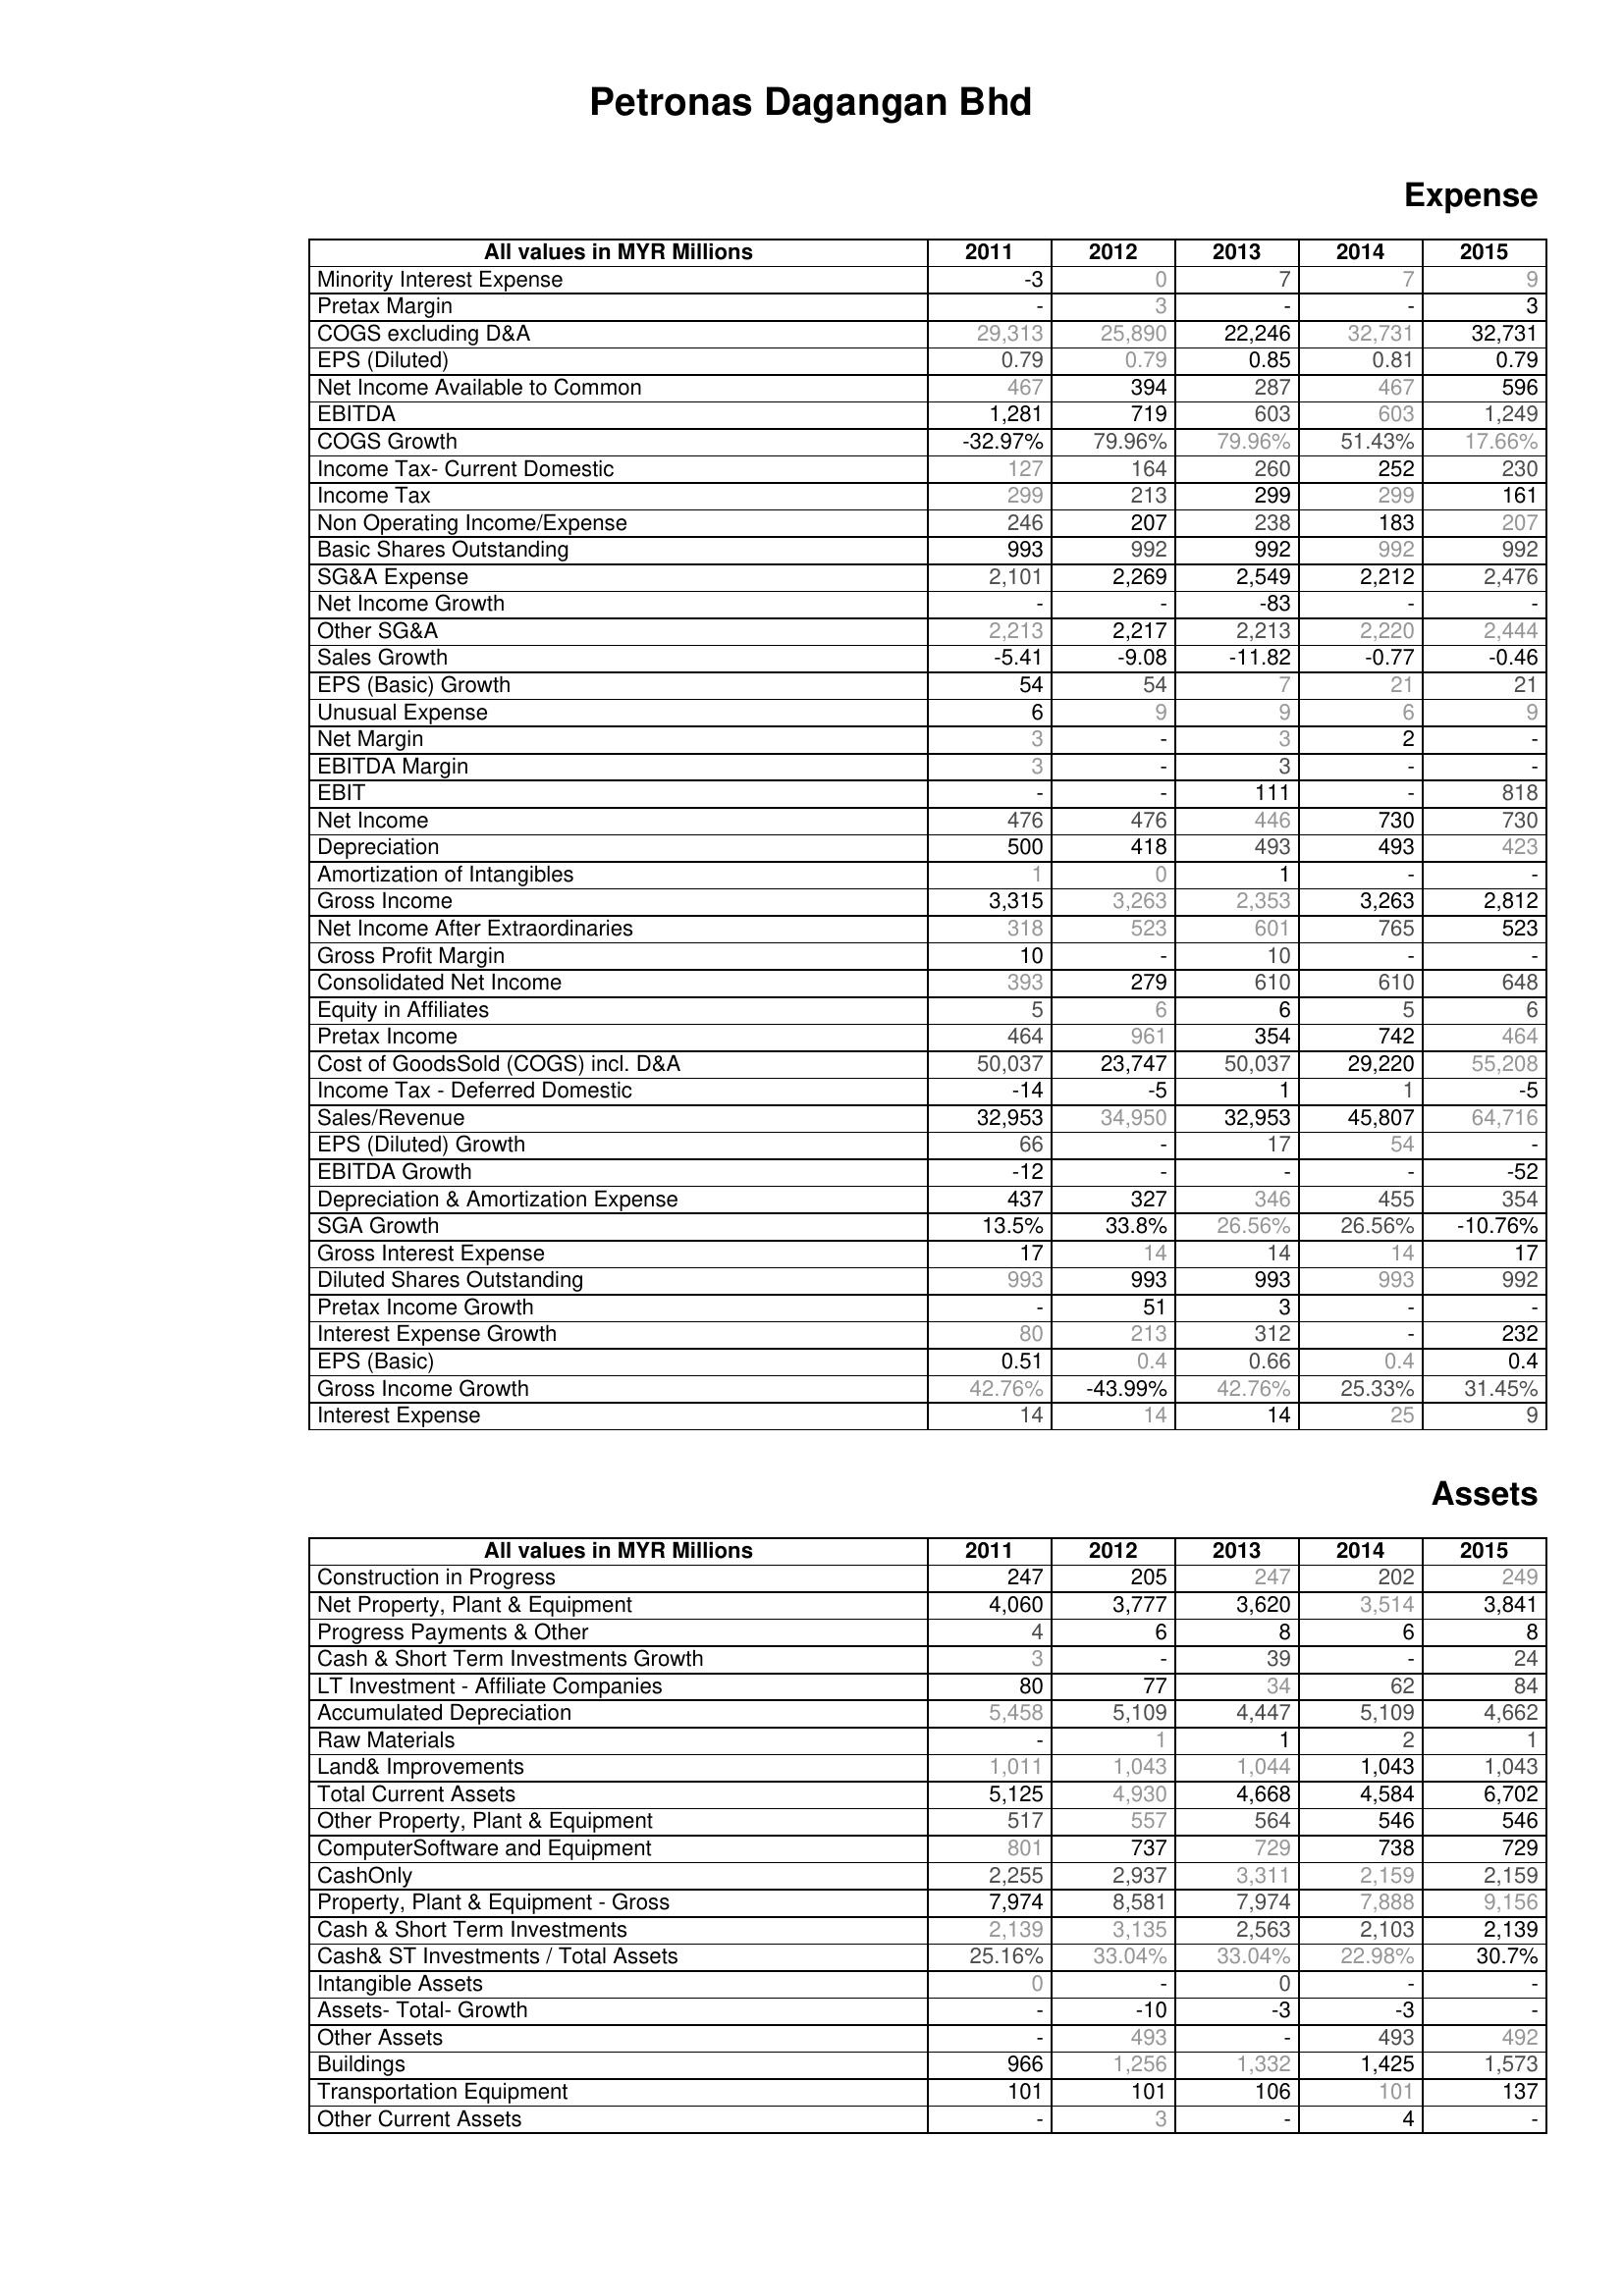
2011: Expense: Minority Interest Expense: -3
Pretax Margin: -
COGS excluding D&A: 29,313
EPS (Diluted): 0.79
Net Income Available to Common: 467
EBITDA: 1,281
COGS Growth: -32.97%
Income Tax- Current Domestic: 127
Income Tax: 299
Non Operating Income/Expense: 246
Basic Shares Outstanding: 993
SG&A Expense: 2,101
Net Income Growth: -
Other SG&A: 2,213
Sales Growth: -5.41
EPS (Basic) Growth: 54
Unusual Expense: 6
Net Margin: 3
EBITDA Margin: 3
EBIT: -
Net Income: 476
Depreciation: 500
Amortization of Intangibles: 1
Gross Income: 3,315
Net Income After Extraordinaries: 318
Gross Profit Margin: 10
Consolidated Net Income: 393
Equity in Affiliates: 5
Pretax Income: 464
Cost of GoodsSold (COGS) incl. D&A: 50,037
Income Tax - Deferred Domestic: -14
Sales/Revenue: 32,953
EPS (Diluted) Growth: 66
EBITDA Growth: -12
Depreciation & Amortization Expense: 437
SGA Growth: 13.5%
Gross Interest Expense: 17
Diluted Shares Outstanding: 993
Pretax Income Growth: -
Interest Expense Growth: 80
EPS (Basic): 0.51
Gross Income Growth: 42.76%
Interest Expense: 14
Assets: Construction in Progress: 247
Net Property, Plant & Equipment: 4,060
Progress Payments & Other: 4
Cash & Short Term Investments Growth: 3
LT Investment - Affiliate Companies: 80
Accumulated Depreciation: 5,458
Raw Materials: -
Land& Improvements: 1,011
Total Current Assets: 5,125
Other Property, Plant & Equipment: 517
ComputerSoftware and Equipment: 801
CashOnly: 2,255
Property, Plant & Equipment - Gross : 7,974
Cash & Short Term Investments: 2,139
Cash& ST Investments / Total Assets: 25.16%
Intangible Assets: 0
Assets- Total- Growth: -
Other Assets: -
Buildings: 966
Transportation Equipment: 101
Other Current Assets: -
2012: Expense: Minority Interest Expense: 0
Pretax Margin: 3
COGS excluding D&A: 25,890
EPS (Diluted): 0.79
Net Income Available to Common: 394
EBITDA: 719
COGS Growth: 79.96%
Income Tax- Current Domestic: 164
Income Tax: 213
Non Operating Income/Expense: 207
Basic Shares Outstanding: 992
SG&A Expense: 2,269
Net Income Growth: -
Other SG&A: 2,217
Sales Growth: -9.08
EPS (Basic) Growth: 54
Unusual Expense: 9
Net Margin: -
EBITDA Margin: -
EBIT: -
Net Income: 476
Depreciation: 418
Amortization of Intangibles: 0
Gross Income: 3,263
Net Income After Extraordinaries: 523
Gross Profit Margin: -
Consolidated Net Income: 279
Equity in Affiliates: 6
Pretax Income: 961
Cost of GoodsSold (COGS) incl. D&A: 23,747
Income Tax - Deferred Domestic: -5
Sales/Revenue: 34,950
EPS (Diluted) Growth: -
EBITDA Growth: -
Depreciation & Amortization Expense: 327
SGA Growth: 33.8%
Gross Interest Expense: 14
Diluted Shares Outstanding: 993
Pretax Income Growth: 51
Interest Expense Growth: 213
EPS (Basic): 0.4
Gross Income Growth: -43.99%
Interest Expense: 14
Assets: Construction in Progress: 205
Net Property, Plant & Equipment: 3,777
Progress Payments & Other: 6
Cash & Short Term Investments Growth: -
LT Investment - Affiliate Companies: 77
Accumulated Depreciation: 5,109
Raw Materials: 1
Land& Improvements: 1,043
Total Current Assets: 4,930
Other Property, Plant & Equipment: 557
ComputerSoftware and Equipment: 737
CashOnly: 2,937
Property, Plant & Equipment - Gross : 8,581
Cash & Short Term Investments: 3,135
Cash& ST Investments / Total Assets: 33.04%
Intangible Assets: -
Assets- Total- Growth: -10
Other Assets: 493
Buildings: 1,256
Transportation Equipment: 101
Other Current Assets: 3
2013: Expense: Minority Interest Expense: 7
Pretax Margin: -
COGS excluding D&A: 22,246
EPS (Diluted): 0.85
Net Income Available to Common: 287
EBITDA: 603
COGS Growth: 79.96%
Income Tax- Current Domestic: 260
Income Tax: 299
Non Operating Income/Expense: 238
Basic Shares Outstanding: 992
SG&A Expense: 2,549
Net Income Growth: -83
Other SG&A: 2,213
Sales Growth: -11.82
EPS (Basic) Growth: 7
Unusual Expense: 9
Net Margin: 3
EBITDA Margin: 3
EBIT: 111
Net Income: 446
Depreciation: 493
Amortization of Intangibles: 1
Gross Income: 2,353
Net Income After Extraordinaries: 601
Gross Profit Margin: 10
Consolidated Net Income: 610
Equity in Affiliates: 6
Pretax Income: 354
Cost of GoodsSold (COGS) incl. D&A: 50,037
Income Tax - Deferred Domestic: 1
Sales/Revenue: 32,953
EPS (Diluted) Growth: 17
EBITDA Growth: -
Depreciation & Amortization Expense: 346
SGA Growth: 26.56%
Gross Interest Expense: 14
Diluted Shares Outstanding: 993
Pretax Income Growth: 3
Interest Expense Growth: 312
EPS (Basic): 0.66
Gross Income Growth: 42.76%
Interest Expense: 14
Assets: Construction in Progress: 247
Net Property, Plant & Equipment: 3,620
Progress Payments & Other: 8
Cash & Short Term Investments Growth: 39
LT Investment - Affiliate Companies: 34
Accumulated Depreciation: 4,447
Raw Materials: 1
Land& Improvements: 1,044
Total Current Assets: 4,668
Other Property, Plant & Equipment: 564
ComputerSoftware and Equipment: 729
CashOnly: 3,311
Property, Plant & Equipment - Gross : 7,974
Cash & Short Term Investments: 2,563
Cash& ST Investments / Total Assets: 33.04%
Intangible Assets: 0
Assets- Total- Growth: -3
Other Assets: -
Buildings: 1,332
Transportation Equipment: 106
Other Current Assets: -
2014: Expense: Minority Interest Expense: 7
Pretax Margin: -
COGS excluding D&A: 32,731
EPS (Diluted): 0.81
Net Income Available to Common: 467
EBITDA: 603
COGS Growth: 51.43%
Income Tax- Current Domestic: 252
Income Tax: 299
Non Operating Income/Expense: 183
Basic Shares Outstanding: 992
SG&A Expense: 2,212
Net Income Growth: -
Other SG&A: 2,220
Sales Growth: -0.77
EPS (Basic) Growth: 21
Unusual Expense: 6
Net Margin: 2
EBITDA Margin: -
EBIT: -
Net Income: 730
Depreciation: 493
Amortization of Intangibles: -
Gross Income: 3,263
Net Income After Extraordinaries: 765
Gross Profit Margin: -
Consolidated Net Income: 610
Equity in Affiliates: 5
Pretax Income: 742
Cost of GoodsSold (COGS) incl. D&A: 29,220
Income Tax - Deferred Domestic: 1
Sales/Revenue: 45,807
EPS (Diluted) Growth: 54
EBITDA Growth: -
Depreciation & Amortization Expense: 455
SGA Growth: 26.56%
Gross Interest Expense: 14
Diluted Shares Outstanding: 993
Pretax Income Growth: -
Interest Expense Growth: -
EPS (Basic): 0.4
Gross Income Growth: 25.33%
Interest Expense: 25
Assets: Construction in Progress: 202
Net Property, Plant & Equipment: 3,514
Progress Payments & Other: 6
Cash & Short Term Investments Growth: -
LT Investment - Affiliate Companies: 62
Accumulated Depreciation: 5,109
Raw Materials: 2
Land& Improvements: 1,043
Total Current Assets: 4,584
Other Property, Plant & Equipment: 546
ComputerSoftware and Equipment: 738
CashOnly: 2,159
Property, Plant & Equipment - Gross : 7,888
Cash & Short Term Investments: 2,103
Cash& ST Investments / Total Assets: 22.98%
Intangible Assets: -
Assets- Total- Growth: -3
Other Assets: 493
Buildings: 1,425
Transportation Equipment: 101
Other Current Assets: 4
2015: Expense: Minority Interest Expense: 9
Pretax Margin: 3
COGS excluding D&A: 32,731
EPS (Diluted): 0.79
Net Income Available to Common: 596
EBITDA: 1,249
COGS Growth: 17.66%
Income Tax- Current Domestic: 230
Income Tax: 161
Non Operating Income/Expense: 207
Basic Shares Outstanding: 992
SG&A Expense: 2,476
Net Income Growth: -
Other SG&A: 2,444
Sales Growth: -0.46
EPS (Basic) Growth: 21
Unusual Expense: 9
Net Margin: -
EBITDA Margin: -
EBIT: 818
Net Income: 730
Depreciation: 423
Amortization of Intangibles: -
Gross Income: 2,812
Net Income After Extraordinaries: 523
Gross Profit Margin: -
Consolidated Net Income: 648
Equity in Affiliates: 6
Pretax Income: 464
Cost of GoodsSold (COGS) incl. D&A: 55,208
Income Tax - Deferred Domestic: -5
Sales/Revenue: 64,716
EPS (Diluted) Growth: -
EBITDA Growth: -52
Depreciation & Amortization Expense: 354
SGA Growth: -10.76%
Gross Interest Expense: 17
Diluted Shares Outstanding: 992
Pretax Income Growth: -
Interest Expense Growth: 232
EPS (Basic): 0.4
Gross Income Growth: 31.45%
Interest Expense: 9
Assets: Construction in Progress: 249
Net Property, Plant & Equipment: 3,841
Progress Payments & Other: 8
Cash & Short Term Investments Growth: 24
LT Investment - Affiliate Companies: 84
Accumulated Depreciation: 4,662
Raw Materials: 1
Land& Improvements: 1,043
Total Current Assets: 6,702
Other Property, Plant & Equipment: 546
ComputerSoftware and Equipment: 729
CashOnly: 2,159
Property, Plant & Equipment - Gross : 9,156
Cash & Short Term Investments: 2,139
Cash& ST Investments / Total Assets: 30.7%
Intangible Assets: -
Assets- Total- Growth: -
Other Assets: 492
Buildings: 1,573
Transportation Equipment: 137
Other Current Assets: -